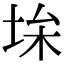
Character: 𡋠